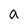
Character: a